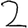
Digit: 2